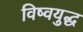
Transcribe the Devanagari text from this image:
विष्वयुद्ध